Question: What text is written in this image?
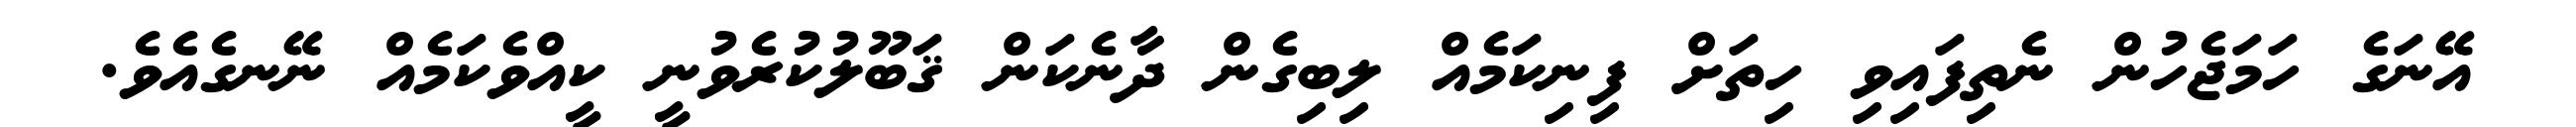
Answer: އޭނަގެ ހަމަޖެހުން ނެތިފައިވި ހިތަށް ފިނިކަމެއް ލިބިގެން ދާނެކަން ޤަބޫލުކުރެވުނީ ކީއްވެކަމެއް ނޭނގެއެވެ.